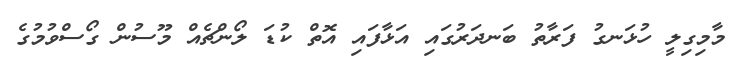
މާމިގިލީ ހުޅަނގު ފަރާތު ބަނދަރުގައި އަޅާފައި އޮތް ކުޑަ ލޯންޗެެއް މޫސުން ގޯސްވުމުގެ